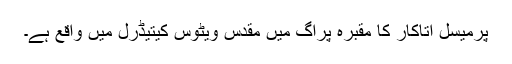
پرمیسل اتاکار کا مقبرہ پراگ میں مقدس ویٹوس کیتیڈرل میں واقع ہے۔